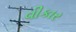
વીકાર